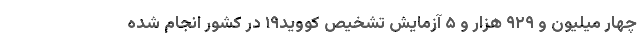
چهار میلیون و ۹۲۹ هزار و ۵ آزمایش تشخیص کووید۱۹ در کشور انجام شده